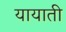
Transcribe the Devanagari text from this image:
यायाती